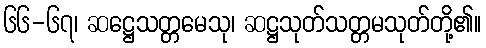
၆၆-၆၇၊ ဆဋ္ဌေသတ္တမေသု၊ ဆဋ္ဌသုတ်သတ္တမသုတ်တို့၏။